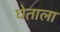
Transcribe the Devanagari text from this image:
घेताला